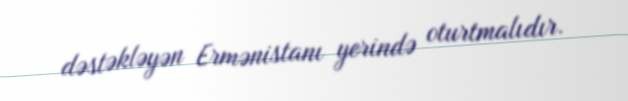
dəstəkləyən Ermənistanı yerində oturtmalıdır.